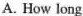
A. How long